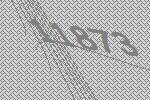
11873